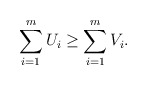
\begin{align*} \sum_{i=1}^m U_i \geq \sum_{i=1}^m V_i.\end{align*}